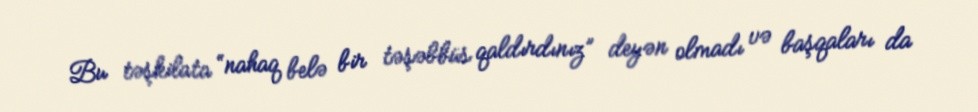
Bu təşkilata “nahaq belə bir təşəbbüs qaldırdınız” deyən olmadı və başqaları da